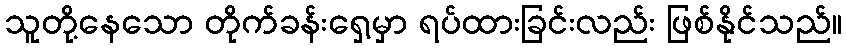
သူတို့နေသော တိုက်ခန်းရှေ့မှာ ရပ်ထားခြင်းလည်း ဖြစ်နိုင်သည်။